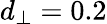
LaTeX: d_{\perp}=0.2